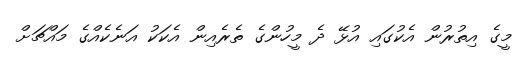
މީގެ އިތުރުން އެކުގައި އުޅޭ ދެ މީހުންގެ ތެރެއިން އެކަކު އަނެކެއްގެ މައްޗަށް